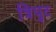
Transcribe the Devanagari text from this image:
त्रिपुट